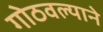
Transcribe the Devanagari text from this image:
गोठवल्याने